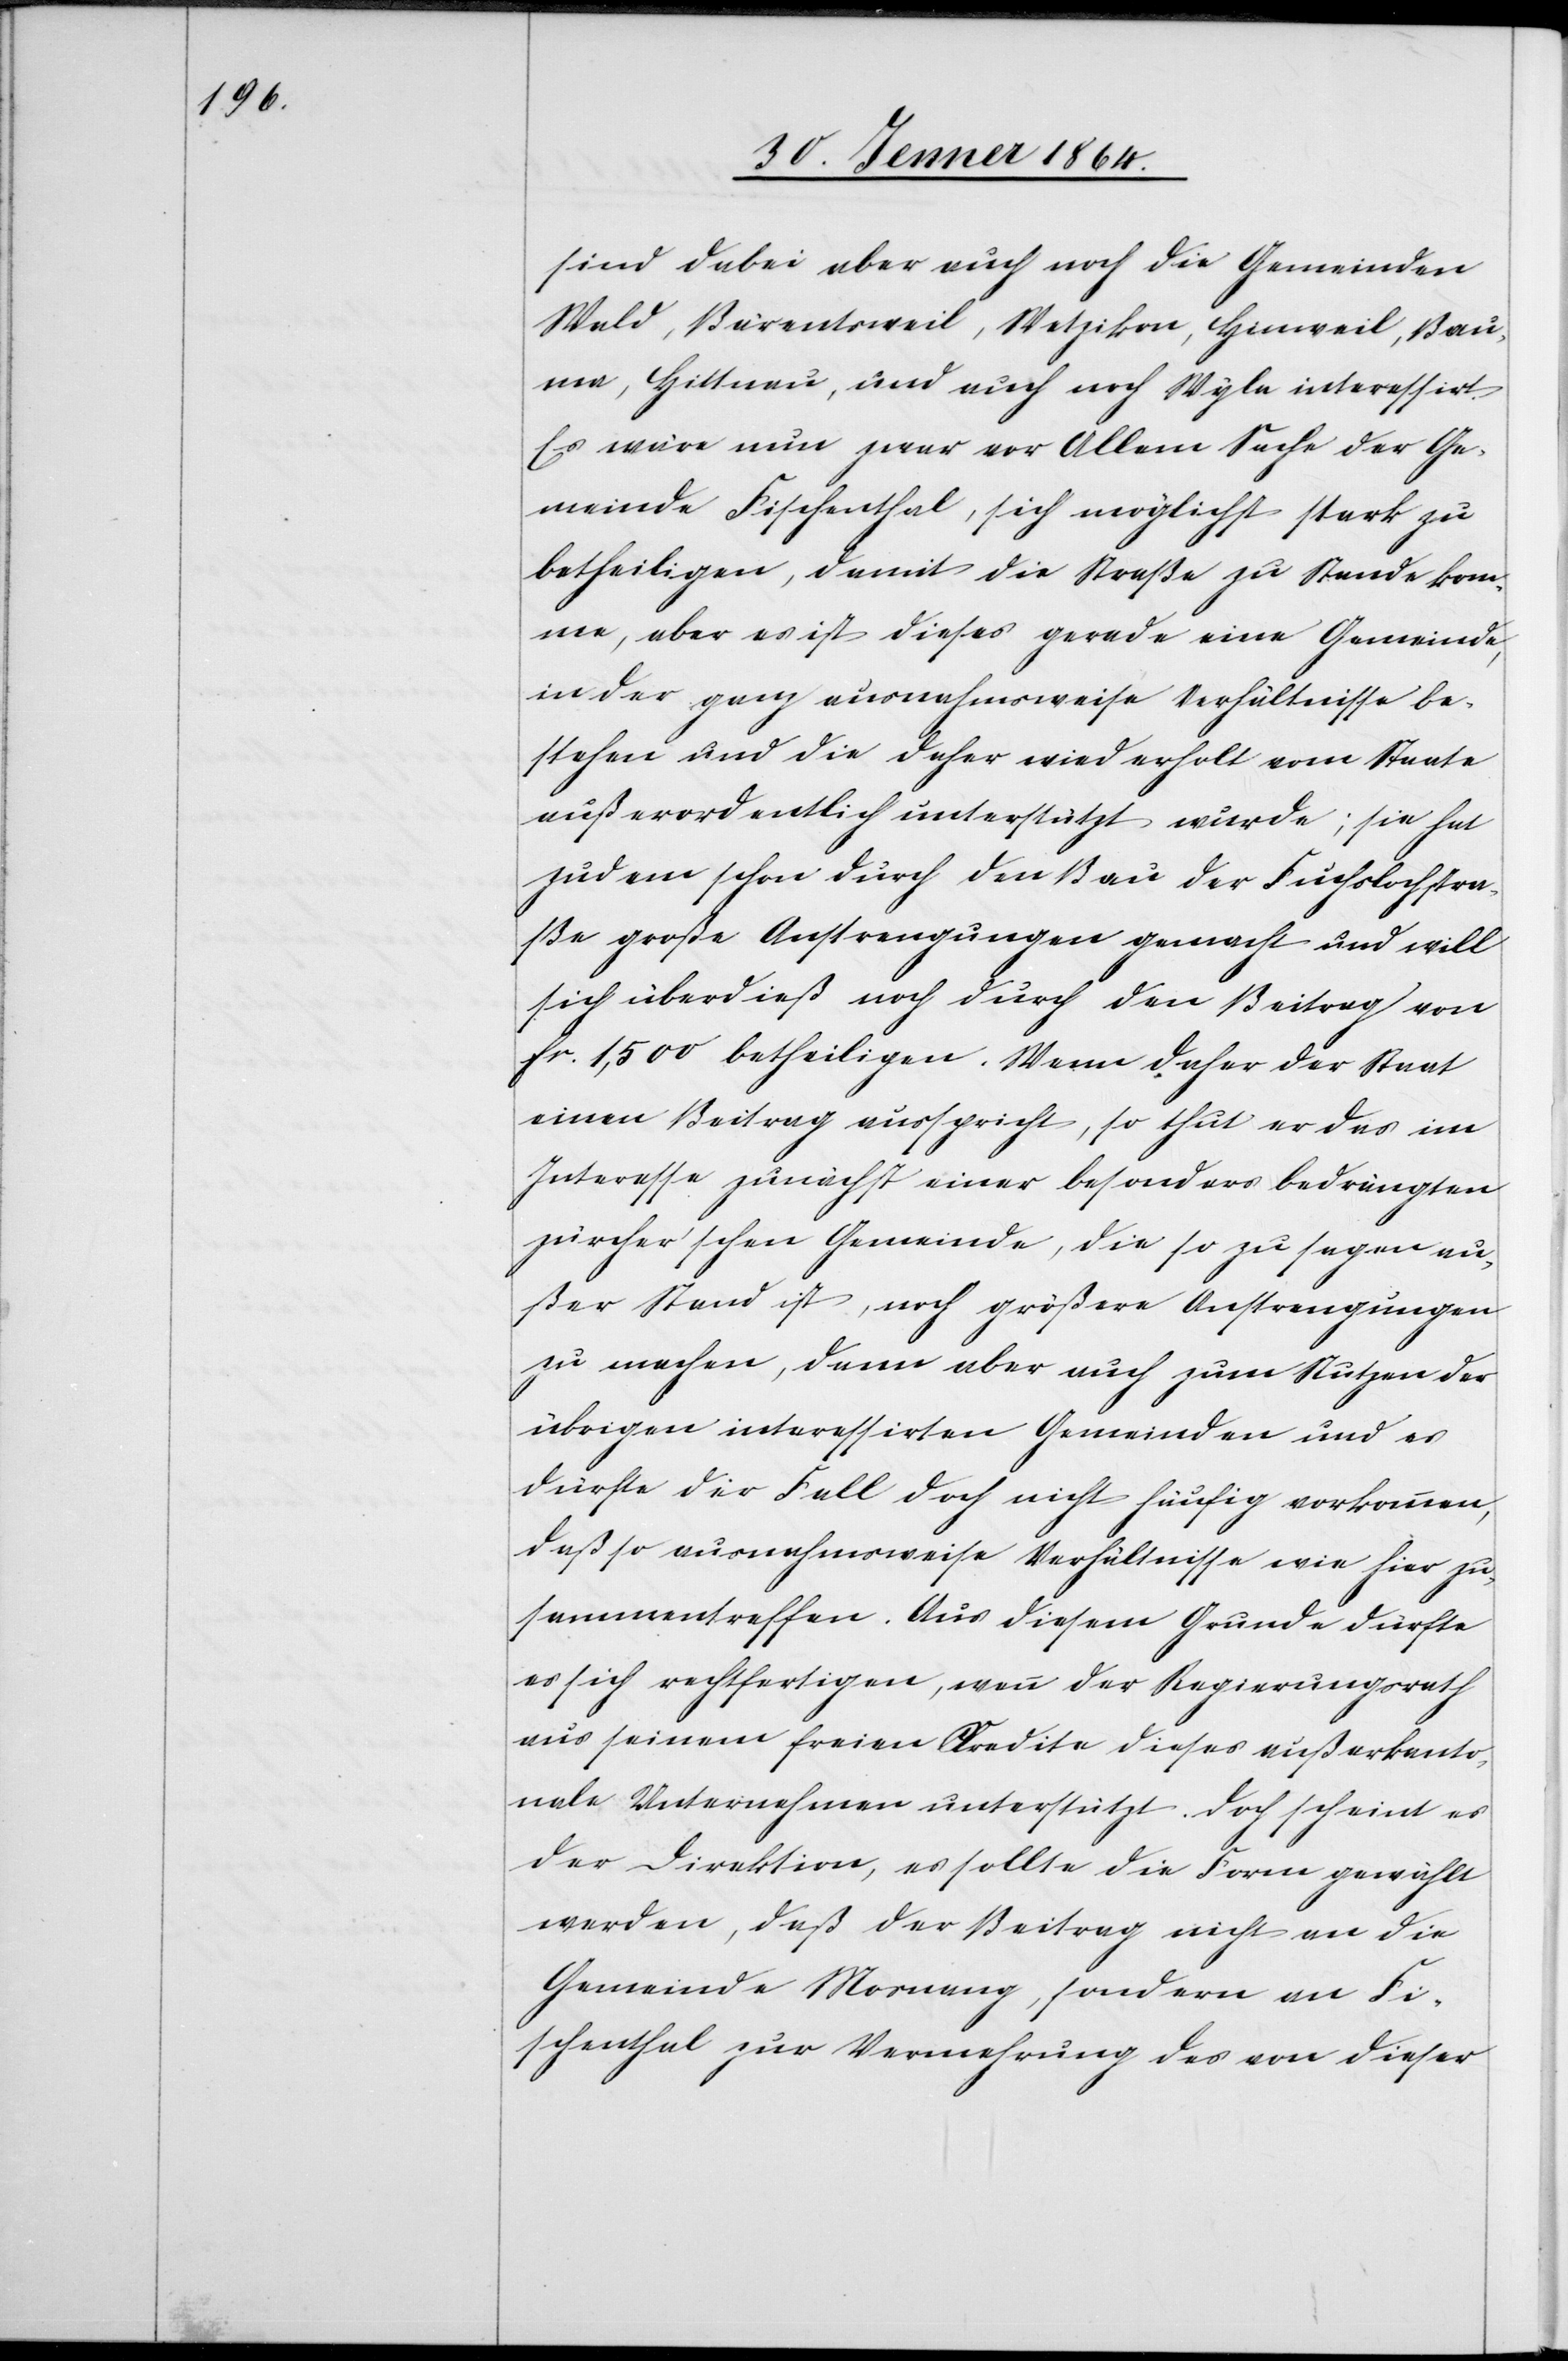
sind dabei aber auch noch die Gemeinden
Wald, Bärentsweil, Wetzikon, Hinweil, Bau¬
ma, Hittnau und auch noch Wyla interessiert.
Es wäre nun zwar vor Allem Sache der Ge¬
meinde Fischenthal, sich möglichst stark zu
betheiligen, damit die Straße zu Stande kom¬
me, aber es ist dieses gerade eine Gemeinde,
in der ganz ausnahmsweise Verhältnisse be¬
stehen und die daher wiederholt vom Staate
außerordentlich unterstützt wurde; sie hat
zudem schon durch den Bau der Fuchslochstra¬
ße große Anstrengungen gemacht und will
sich überdieß noch durch den Beitrag von
fr. 1,500 betheiligen. Wenn daher der Staat
einen Beitrag ausspricht, so thut er das im
Interesse zunächst einer besonders bedrängten
zürcher’schen Gemeinde, die so zu sagen au¬
ßer Stand ist, noch größere Anstrengungen
zu machen, dann aber auch zum Nutzen der
übrigen interessirten Gemeinden und es
dürfte der Fall doch nicht häufig vorkommen,
daß so ausnahmsweise Verhältnisse wie hier zu¬
sammentreffen. Aus diesem Grunde dürfte
es sich rechtfertigen, wenn der Regierungsrath
aus seinem freien Credite dieses außerkanto¬
nale Unternehmen unterstützt. Doch scheint es
der Direktion, es sollte die Form gewählt
werden, daß der Beitrag nicht an die
Gemeinde Mosnang, sondern an Fi¬
schenthal zur Vermehrung des von dieser